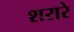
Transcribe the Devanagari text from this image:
शरारे